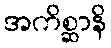
အကိစ္ဆာနိ